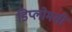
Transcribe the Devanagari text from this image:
डिप्लोमसी